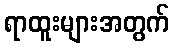
ရာထူးများအတွက်